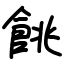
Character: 餆